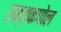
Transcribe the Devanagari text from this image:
रक्तकपोल